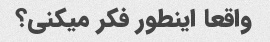
واقعا اینطور فکر میکنی؟